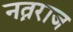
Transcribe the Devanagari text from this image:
नत्नराज